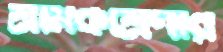
শ্রমিকশ্রেণীর